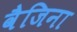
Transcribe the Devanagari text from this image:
वैजिना